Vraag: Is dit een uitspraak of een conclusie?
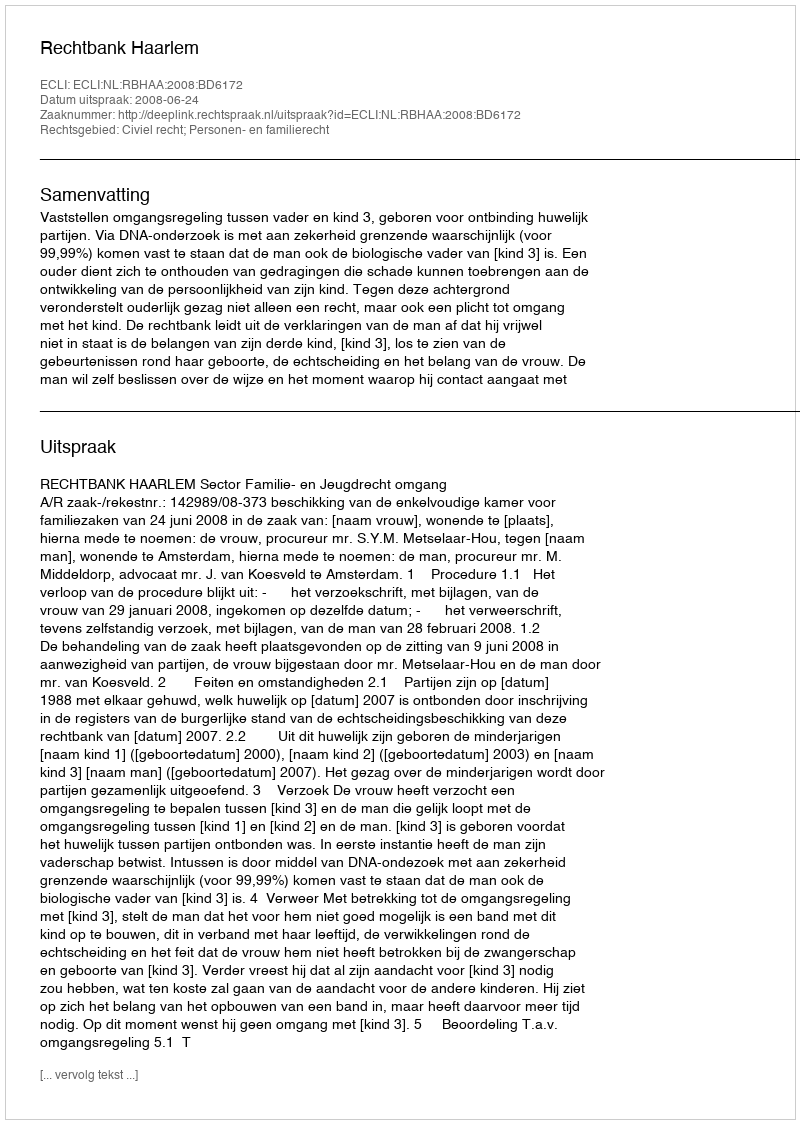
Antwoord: Uitspraak